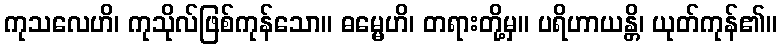
ကုသလေဟိ၊ ကုသိုလ်ဖြစ်ကုန်သော။ ဓမ္မေဟိ၊ တရားတို့မှ။ ပရိဟာယန္တိ၊ ယုတ်ကုန်၏။